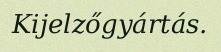
Kijelzőgyártás.